Note on the mental hospitals in Burma - 1925-1940
Year: 1925
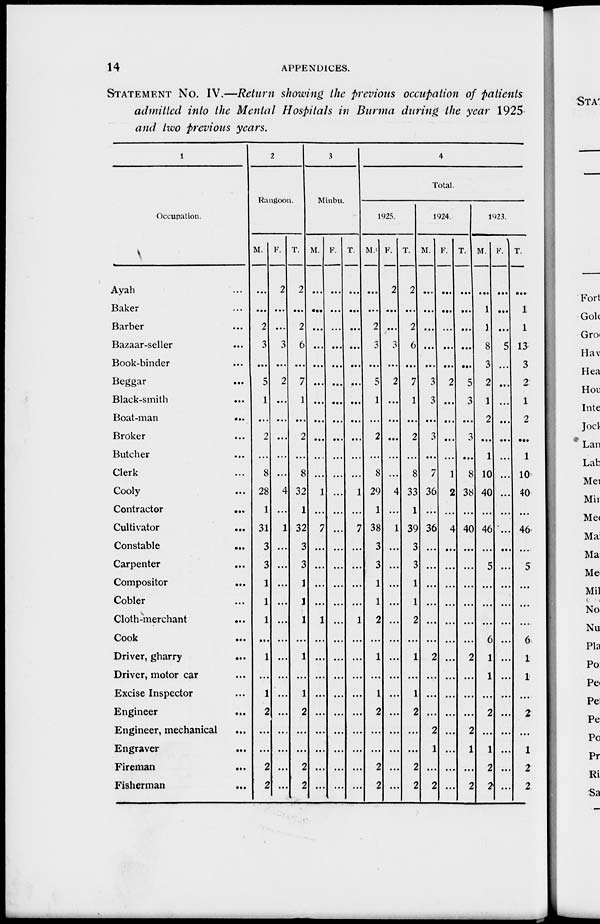
14
APPENDICES.
STATEMENT No. IV.—Return showing the previous occupation of patients
admitted into the Mental Hospitals in Burma during the year 1925
and two previous years.
1
Occupation.
Ayah ...
Baker ...
Barber ...
Bazaar-seller ...
Book-binder ...
Beggar ...
Black-smith ...
Boat-man
...
Broker ...
Butcher ...
Clerk ...
Cooly...
Contractor
...
Cultivator
...
Constable
...
Carpenter ...
Compositor
...
Cobler ...
Cloth-merchant ...
Cook
...
Driver, gharry
...
Driver, motor car ...
Excise Inspector ...
Engineer ...
Engineer, mechanical ...
Engraver ...
Fireman
...
Fisherman ...
2
Rangoon.
M.
...
...
2
3
...
5
1
...
2
...
8
28
1
31
3
3
1
1
1
...
1
...
1
2
...
...
2
2
F.
2
...
...
3
...
2
...
...
...
...
...
4
...
1
...
...
...
...
...
...
...
...
...
...
...
...
...
...
T.
2
...
2
6
...
7
1
...
2
...
8
32
1
32
3
3
1
]
1
...
1
...
1
2
...
...
2
2
3
Minbu.
M.
...
...
...
...
...
...
...
...
...
...
...
1
...
7
...
...
...
...
1
...
...
...
...
...
...
...
...
...
F.
...
...
...
...
...
...
...
...
...
...
...
...
...
...
...
...
...
...
...
...
...
...
...
...
...
...
...
...
T.
...
...
...
...
...
...
...
...
...
...
...
1
...
7
...
...
...
...
1
...
...
...
...
...
...
...
...
...
4
Total.
1925.
M.
...
...
2
3
...
5
1
...
2
...
8
29
1
38
3
3
1
1
2
...
1
...
1
2
...
...
2
2
F.
2
...
...
3
...
2
...
...
...
...
...
4
...
1
...
...
...
...
...
...
...
...
...
...
...
...
...
...
T.
2
...
2
6
...
7
1
...
2
...
8
33
1
39
3
3
1
1
2
...
1
...
1
2
...
...
2
2
1924.
M.
...
...
...
...
...
3
3
...
3
...
7
36
...
36
...
...
...
...
...
...
2
...
...
...
2
1
...
2
F.
...
...
...
...
...
2
...
...
...
...
1
2
...
4
...
...
...
...
...
...
...
...
...
...
...
...
...
...
T.
...
...
...
...
...
5
3
...
...
...
8
38
...
40
...
...
...
...
...
...
2
...
...
...
2
1
...
2
1923.
M.
...
1
1
8
3
2
1
2
...
1
10
40
...
46
...
5
...
...
...
6
1
1
...
2
...
1
2
2
F.
...
...
...
5
...
...
...
...
...
...
...
...
...
...
...
...
...
...
...
...
...
...
...
...
...
...
...
...
T.
...
1
1
13
3
2
1
2
...
1
10
40
...
46
...
5
...
...
...
6
1
1
...
2
...
1
2
2